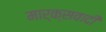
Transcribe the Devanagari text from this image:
मार्क्सवादी